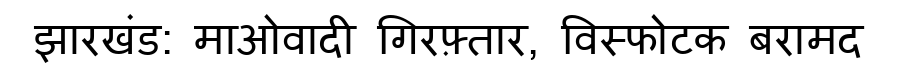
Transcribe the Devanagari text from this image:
झारखंड: माओवादी गिरफ़्तार, विस्फोटक बरामद